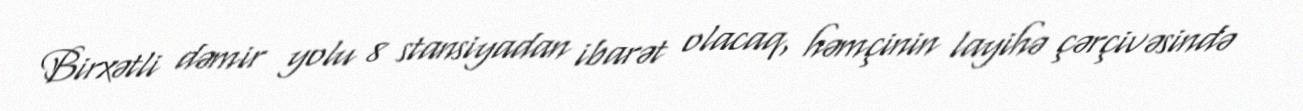
Birxətli dəmir yolu 8 stansiyadan ibarət olacaq, həmçinin layihə çərçivəsində